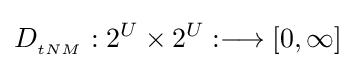
D_{_{tNM}}:2^{U}\times 2^{U}:\longrightarrow [0,\infty ]